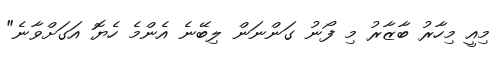
މިއީ މިހާރު ބާޒާރު މި ފޯނު ގަންނަން ލިބޭނެ އެންމެ ހެޔޮ އަގަށްވާނެ"